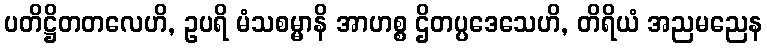
ပတိဋ္ဌိတတလေဟိ, ဥပရိ မံသစမ္မာနိ အာဟစ္စ ဌိတပ္ပဒေသေဟိ, တိရိယံ အညမညေန